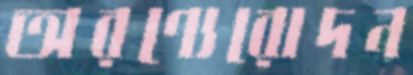
অরণ্যেরোদন